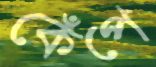
কেঁপে